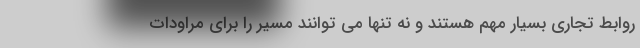
روابط تجاری بسیار مهم هستند و نه تنها می توانند مسیر را برای مراودات